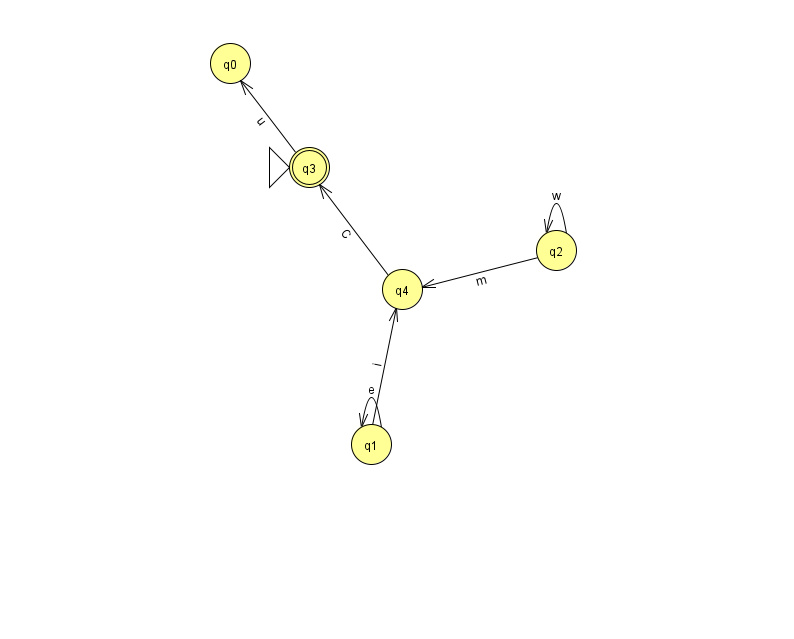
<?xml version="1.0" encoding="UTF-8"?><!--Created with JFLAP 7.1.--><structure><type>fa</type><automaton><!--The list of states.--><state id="0" name="q0"><x>230.0</x><y>50.0</y></state><state id="1" name="q1"><x>371.0</x><y>431.0</y></state><state id="2" name="q2"><x>556.0</x><y>237.0</y></state><state id="3" name="q3"><x>309.0</x><y>154.0</y><initial/><final/></state><state id="4" name="q4"><x>402.0</x><y>276.0</y></state><!--The list of transitions.--><transition><from>2</from><to>4</to><read>m</read></transition><transition><from>1</from><to>1</to><read>e</read></transition><transition><from>3</from><to>0</to><read>u</read></transition><transition><from>2</from><to>2</to><read>w</read></transition><transition><from>1</from><to>4</to><read>i</read></transition><transition><from>4</from><to>3</to><read>C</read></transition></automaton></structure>